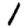
Digit: 1